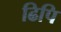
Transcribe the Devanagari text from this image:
ढिपि